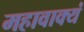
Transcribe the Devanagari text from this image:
महावाक्यं